Indian journal of veterinary science and animal husbandry - Volume 8,
Year: 1938
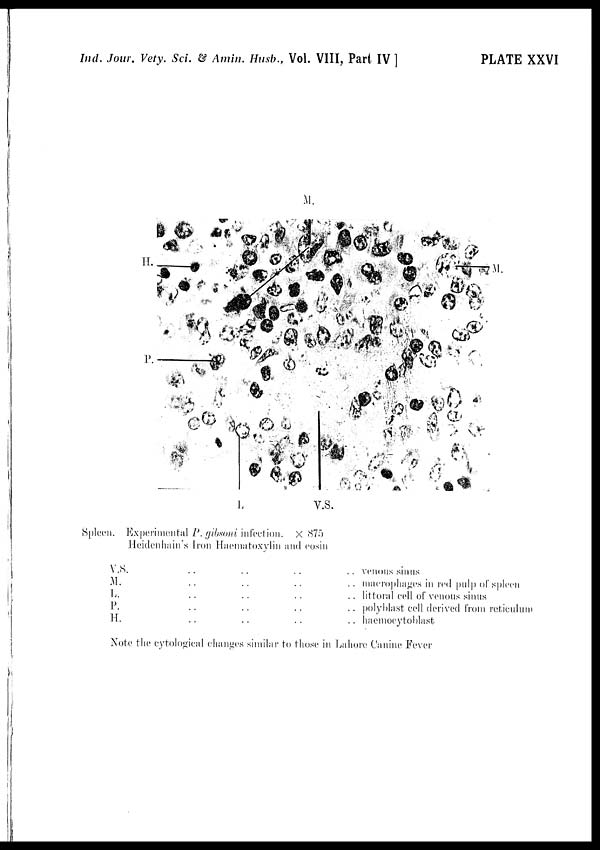
Ind. Jour. Vety. Sci. & Amin. Husb., Vol. VIII, Part IV ]
PLATE XXVI
Spleen. Experimental P. gibsoni infection. X 875
Heidenhain's Iron Haematoxylin and cosin
V.S. .. .. .. ..
M. .. .. .. ..
L. .. .. .. ..
P. .. .. .. ..
H. .. .. .. ..
venous sinus
macrophages in red pulp of spleen
littoral cell of venous sinus
polyblast cell derived from reticulum
haemoeytoblast
Note the cytological changes similar to those in Lahore Canine Fever